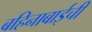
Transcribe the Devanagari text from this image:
बहिनाबाईची